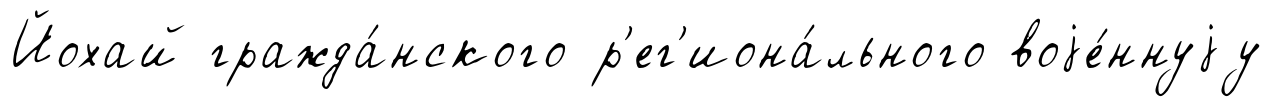
Йохай гражда́нского р'ег'иона́льного воjе́ннуjу